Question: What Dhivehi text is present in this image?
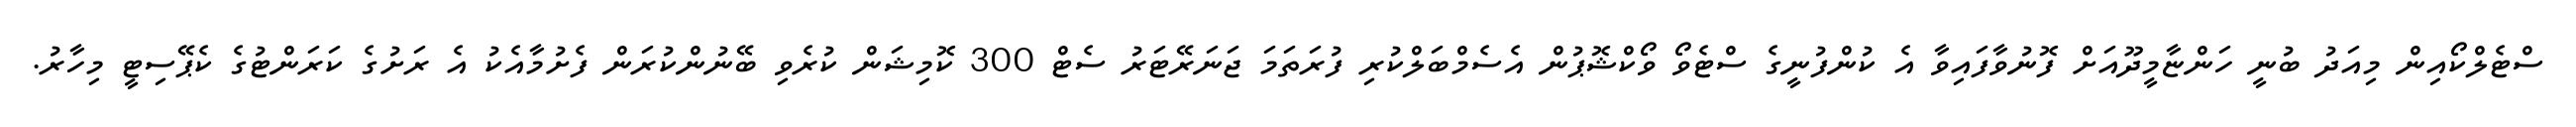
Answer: ސްޓެލްކޯއިން މިއަދު ބުނީ ހަންޏާމީދޫއަށް ފޮނުވާފައިވާ އެ ކުންފުނީގެ ސްޓެވޯ ވޯކްޝޮޕުން އެސެމްބަލްކުރި ފުރަތަމަ ޖަނަރޭޓަރު ސެޓް 300 ކޮމިޝަން ކުރެވި ބޭނުންކުރަން ފެށުމާއެކު އެ ރަށުގެ ކަރަންޓުގެ ކެޕޭސިޓީ މިހާރު.